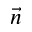
\vec { n }